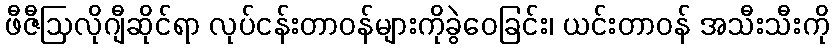
ဖီဇီဩလိုဂျီဆိုင်ရာ လုပ်ငန်းတာဝန်များကိုခွဲဝေခြင်း၊ ယင်းတာဝန် အသီးသီးကို